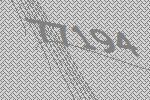
77194